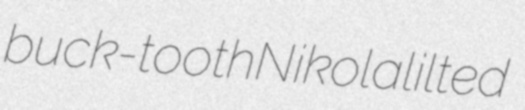
buck-tooth Nikola lilted